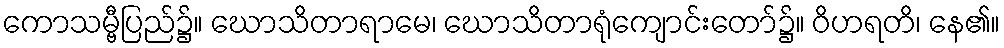
ကောသမ္ဗီပြည်၌။ ဃောသိတာရာမေ၊ ဃောသိတာရုံကျောင်းတော်၌။ ဝိဟရတိ၊ နေ၏။